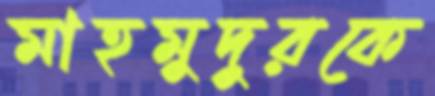
মাহমুদুরকে